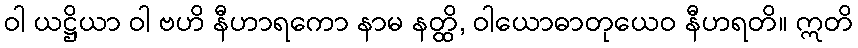
ဝါ ယဋ္ဌိယာ ဝါ ဗဟိ နီဟာရကော နာမ နတ္ထိ, ဝါယောဓာတုယေဝ နီဟရတိ။ ဣတိ